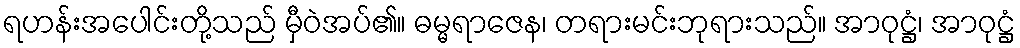
ရဟန်းအပေါင်းတို့သည် မှီဝဲအပ်၏။ ဓမ္မရာဇေန၊ တရားမင်းဘုရားသည်။ အာဝုဋ္ဌံ၊ အာဝုဋ္ဌံ